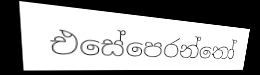
එසේපෙරන්තෝ